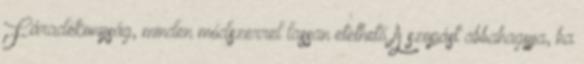
Fáradékonyság, minden módszerrel lassan etethető A szopást abbahagyja, ha